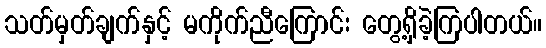
သတ်မှတ်ချက်နှင့် မကိုက်ညီကြောင်း တွေ့ရှိခဲ့ကြပါတယ်။